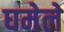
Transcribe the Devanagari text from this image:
घमेले